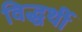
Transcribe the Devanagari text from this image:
विद्धर्थी